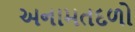
અનામતદળો